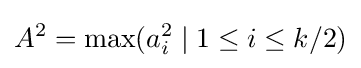
A^{2}=\max(a_{i}^{2}\mid 1\leq i\leq k/2)